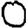
Digit: 0